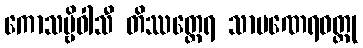
ကောသမ္ဗိဝါသီ တိဿတ္ထေရ သာမဏေရဝတ္ထု